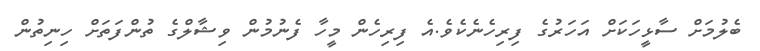
ބެލުމަށް ސާޅީހަކަށް އަހަރުގެ ފިރިހެނެކެވެ.އެ ފިރިހެން މީހާ ފެނުމުން ވިޝާލްގެ ތުންފަތަށް ހިނިތުން